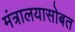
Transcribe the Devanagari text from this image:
मंत्रालयासोबत